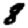
Digit: 8